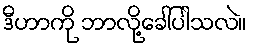
ဒီဟာကို ဘာလို့ခေါ်ပါသလဲ။